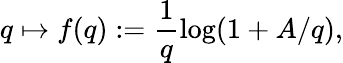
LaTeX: q\mapsto f(q):=\frac 1q\log(1+A/q),